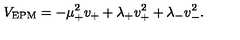
V _ { \mathrm { E P M } } = - \mu _ { + } ^ { 2 } v _ { + } + \lambda _ { + } v _ { + } ^ { 2 } + \lambda _ { - } v _ { - } ^ { 2 } .